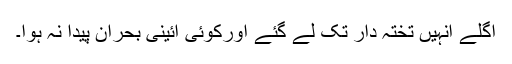
اگلے انہیں تختہ دار تک لے گئے اورکوئی آئینی بحران پیدا نہ ہوا۔